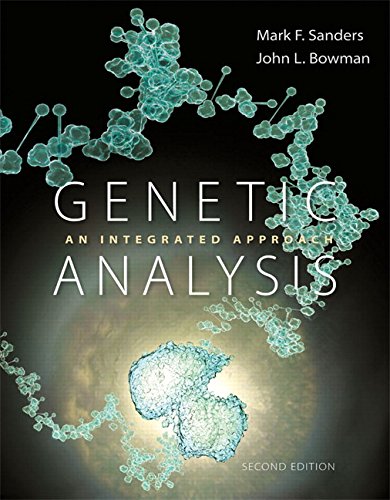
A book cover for Genetic Analysis: An Integrated Approach (2nd Edition); Mark F. Sanders; Medical Books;